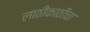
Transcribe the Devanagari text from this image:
लाठीकाठीचा